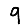
Digit: 9